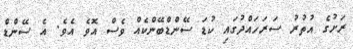
ރަށުގެ އުތުރު ސަރަހައްދުގައި ކުޑަ ސޭންޑްބޭންކެއް ވެސް އޮވެ އެވެ. އެ ސޭންޑް